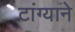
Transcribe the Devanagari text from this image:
टांग्याने